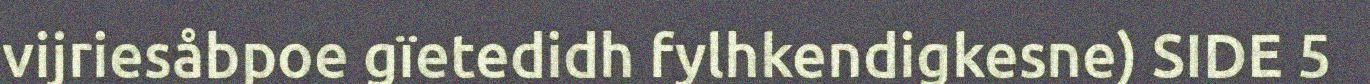
vijriesåbpoe gïetedidh fylhkendigkesne) SIDE 5